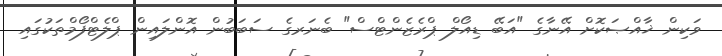
ވަކިން ޚާއްޞަކޮށް އޭނާގެ "އަބޭ ޑިއޯލް ޕްރެޒެންޓްސް" ބެނަރގެ ސަބަބުން އޮންލައިން ޕްލެޓްފޯމްތަކުގައި